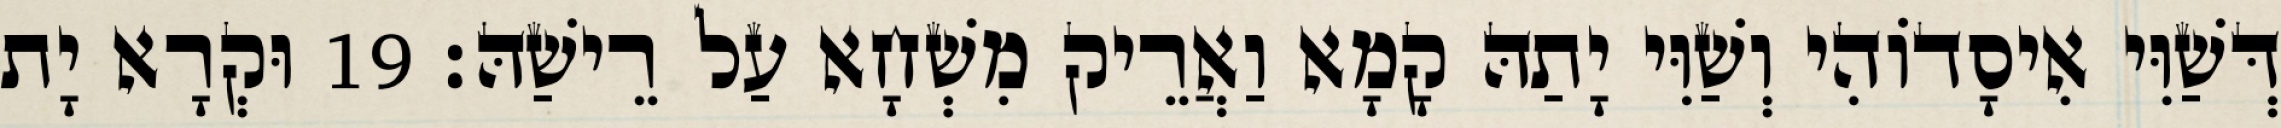
דְּשַׁוִּי אִיסָדוֹהִי וְשַׁוִּי יָתַהּ קָמָא וַאֲרֵיק מִשְׁחָא עַל רֵישַׁהּ׃ 19 וּקְרָא יָת